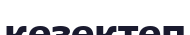
кезектеп